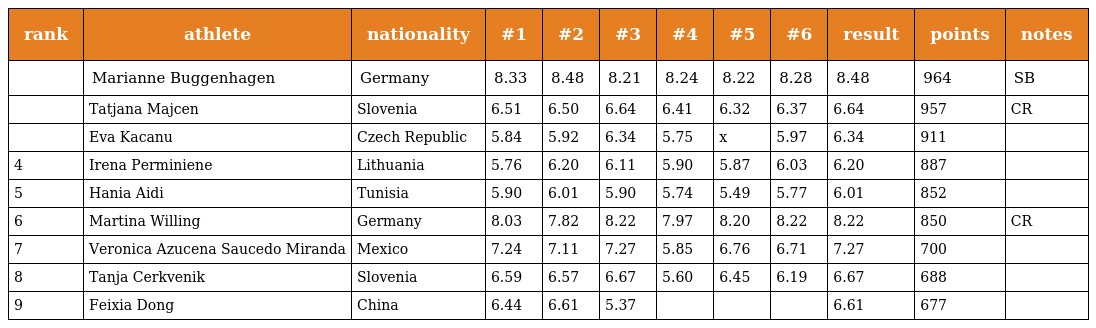
| rank | athlete | nationality | #1 | #2 | #3 | #4 | #5 | #6 | result | points | notes |
 | --- | --- | --- | --- | --- | --- | --- | --- | --- | --- | --- | --- |
 |  | Marianne Buggenhagen | Germany | 8.33 | 8.48 | 8.21 | 8.24 | 8.22 | 8.28 | 8.48 | 964 | SB |
 |  | Tatjana Majcen | Slovenia | 6.51 | 6.50 | 6.64 | 6.41 | 6.32 | 6.37 | 6.64 | 957 | CR |
 |  | Eva Kacanu | Czech Republic | 5.84 | 5.92 | 6.34 | 5.75 | x | 5.97 | 6.34 | 911 |  |
 | 4 | Irena Perminiene | Lithuania | 5.76 | 6.20 | 6.11 | 5.90 | 5.87 | 6.03 | 6.20 | 887 |  |
 | 5 | Hania Aidi | Tunisia | 5.90 | 6.01 | 5.90 | 5.74 | 5.49 | 5.77 | 6.01 | 852 |  |
 | 6 | Martina Willing | Germany | 8.03 | 7.82 | 8.22 | 7.97 | 8.20 | 8.22 | 8.22 | 850 | CR |
 | 7 | Veronica Azucena Saucedo Miranda | Mexico | 7.24 | 7.11 | 7.27 | 5.85 | 6.76 | 6.71 | 7.27 | 700 |  |
 | 8 | Tanja Cerkvenik | Slovenia | 6.59 | 6.57 | 6.67 | 5.60 | 6.45 | 6.19 | 6.67 | 688 |  |
 | 9 | Feixia Dong | China | 6.44 | 6.61 | 5.37 |  |  |  | 6.61 | 677 |  |